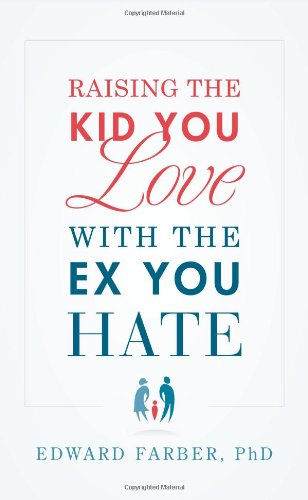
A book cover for Raising the Kid You Love With the Ex You Hate; Edward Farber; Parenting & Relationships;